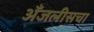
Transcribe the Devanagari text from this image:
अँजलीसचा